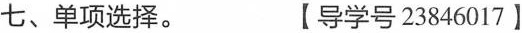
七、单项选择. 【导学号 23846017】